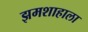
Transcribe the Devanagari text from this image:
झमशाहाला